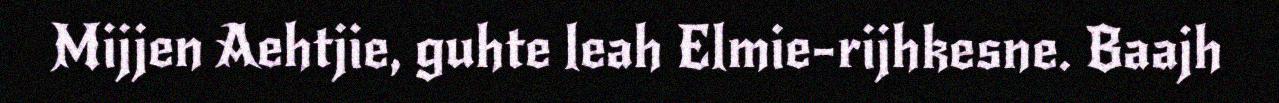
Mijjen Aehtjie, guhte leah Elmie-rijhkesne. Baajh